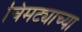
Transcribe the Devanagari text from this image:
चिमट्याच्या